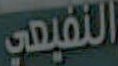
النفيعي